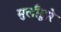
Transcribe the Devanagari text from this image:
मुलीद्वारे